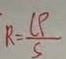
R = \frac { l \rho } { s }